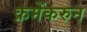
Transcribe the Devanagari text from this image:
क्रमेंकरुन